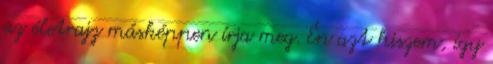
az életrajz másképpen írja meg. Én azt hiszem, így